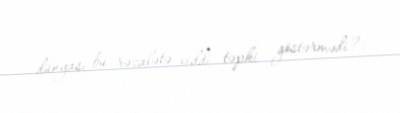
dünyası bu rəzalətə ciddi təpki göstərmədi?.